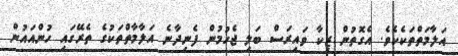
އަލާމަތްތަކެކެވެ. އެގޮތުން ޒިކާ ވައިރަސް ބަލި ޖެހުމުން ފެނިދާނެ އަލާމާތްތަކުގެ ތެރޭގައި ހުންއައުން